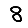
Digit: 8